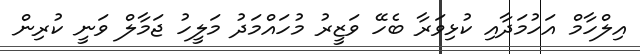
އިލްހާމް އަހުމަދާއި ކުޅިވަރާ ބެހޭ ވަޒީރު މުހައްމަދު މަލީހު ޖަމާލް ވަނީ ކުރިން